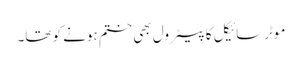
موٹرسائیکل کا پیٹرول بھی ختم ہونے کو تھا۔